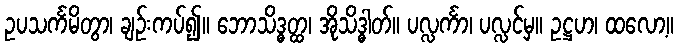
ဥပသင်္ကမိတွာ၊ ချဉ်းကပ်၍။ ဘောသိဒ္ဓတ္ထ၊ အိုသိဒ္ဓါတ်။ ပလ္လင်္ကာ၊ ပလ္လင်မှ။ ဥဋ္ဌဟ၊ ထလော့။